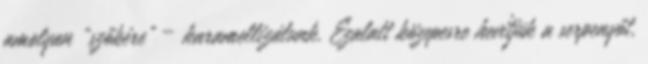
amolyan „szőkére” – karamellizálunk. Ezalatt közepesre hevítjük a serpenyőt,